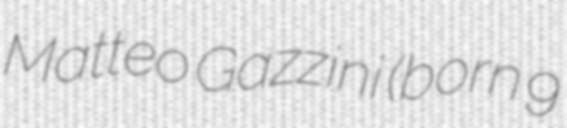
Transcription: Matteo Gazzini (born 9